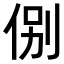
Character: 𬾋